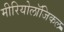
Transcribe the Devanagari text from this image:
मीरियोलॉजिकल